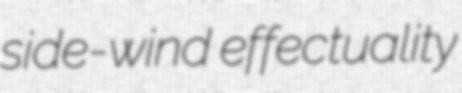
side-wind effectuality